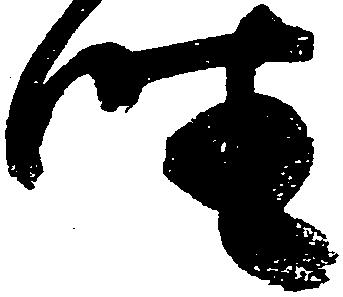
坐